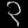
Digit: ၃